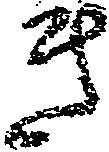
き